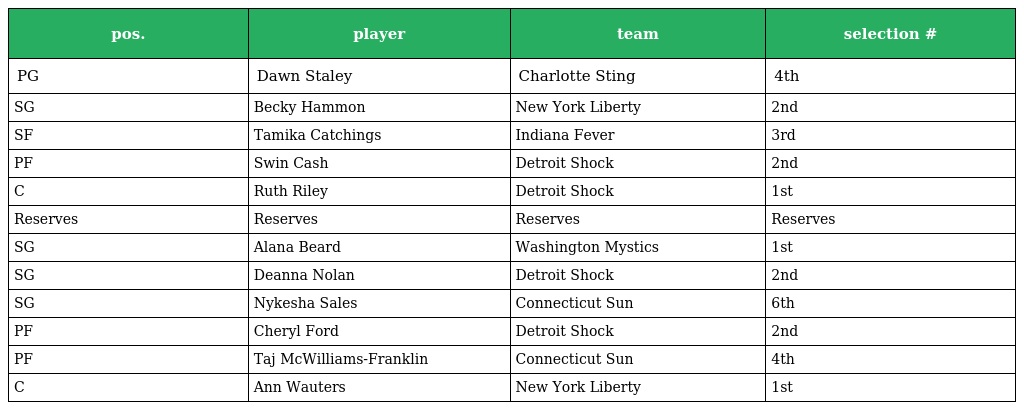
| pos. | player | team | selection # |
 | --- | --- | --- | --- |
 | PG | Dawn Staley | Charlotte Sting | 4th |
 | SG | Becky Hammon | New York Liberty | 2nd |
 | SF | Tamika Catchings | Indiana Fever | 3rd |
 | PF | Swin Cash | Detroit Shock | 2nd |
 | C | Ruth Riley | Detroit Shock | 1st |
 | Reserves | Reserves | Reserves | Reserves |
 | SG | Alana Beard | Washington Mystics | 1st |
 | SG | Deanna Nolan | Detroit Shock | 2nd |
 | SG | Nykesha Sales | Connecticut Sun | 6th |
 | PF | Cheryl Ford | Detroit Shock | 2nd |
 | PF | Taj McWilliams-Franklin | Connecticut Sun | 4th |
 | C | Ann Wauters | New York Liberty | 1st |